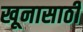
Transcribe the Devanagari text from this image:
खूनासाठी